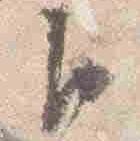
臣